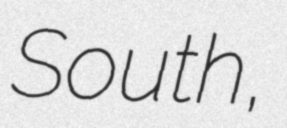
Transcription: South,